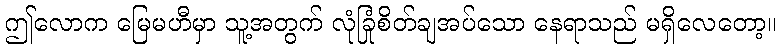
ဤလောက မြေမဟီမှာ သူ့အတွက် လုံခြုံစိတ်ချအပ်သော နေရာသည် မရှိလေတော့။